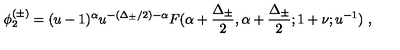
\phi _ { 2 } ^ { ( \pm ) } = ( u - 1 ) ^ { \alpha } u ^ { - ( \Delta _ { \pm } / 2 ) - \alpha } F ( \alpha + \frac { \Delta _ { \pm } } { 2 } , \alpha + \frac { \Delta _ { \pm } } { 2 } ; 1 + \nu ; u ^ { - 1 } ) \ ,